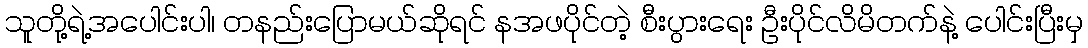
သူတို့ရဲ့အပေါင်းပါ၊ တနည်းပြောမယ်ဆိုရင် နအဖပိုင်တဲ့ စီးပွားရေး ဦးပိုင်လိမိတက်နဲ့ ပေါင်းပြီးမှ